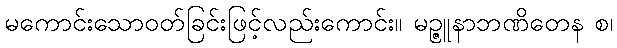
မကောင်းသောဝတ်ခြင်းဖြင့်လည်းကောင်း။ မဉ္ဇူနာဘဏိတေန စ၊